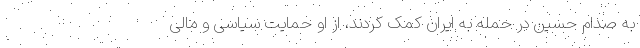
به صدام حسین در حمله به ایران کمک کردند، از او حمایت سیاسی و مالی